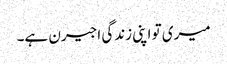
میری تو اپنی زندگی اجیرن ہے۔